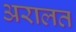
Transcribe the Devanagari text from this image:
अरालत